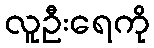
လူဦးရေကို